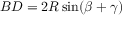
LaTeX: B D = 2 R \sin ( \beta + \gamma )